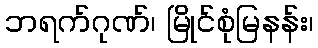
ဘရက်ဂုဏ်၊ မြိုင်စုံမြနန်း၊